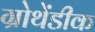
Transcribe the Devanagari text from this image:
ग्रोथेंडीक